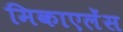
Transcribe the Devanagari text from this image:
मिकाएलेंस